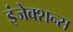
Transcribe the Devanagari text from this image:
इंजेक्शन्स